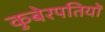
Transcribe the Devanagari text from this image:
कुबेरपतियों